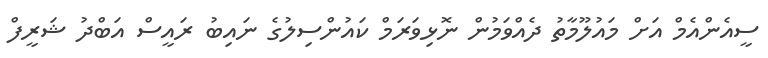
ސީއެންއެމް އަށް މައުލޫމާތު ދެއްވަމުން ނޮޅިވަރަމް ކައުންސިލުގެ ނައިބު ރައީސް އަބްދު ޝަރީފް